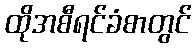
ထိုအစီရင်ခံစာတွင်